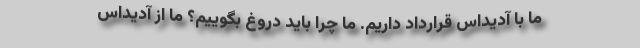
ما با آدیداس قرارداد داریم. ما چرا باید دروغ بگوییم؟ ما از آدیداس